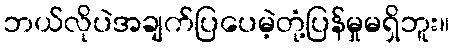
ဘယ်လိုပဲအချက်ပြပေမဲ့တုံ့ပြန်မှုမရှိဘူး။